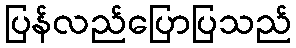
ပြန်လည်ပြောပြသည်